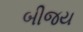
બીજય